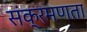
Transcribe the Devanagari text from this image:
संक्रमणता